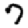
Digit: 7